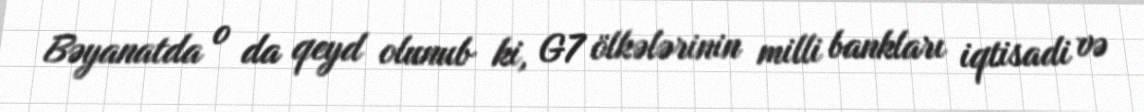
Bəyanatda o da qeyd olunub ki, G7 ölkələrinin milli bankları iqtisadi və